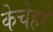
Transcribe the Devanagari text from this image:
केचेहरे